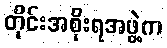
တိုင်းအစိုးရအဖွဲ့က